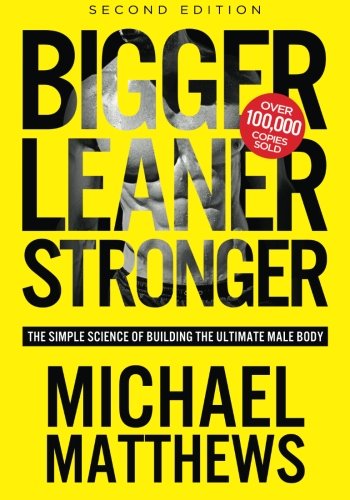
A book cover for Bigger Leaner Stronger: The Simple Science of Building the Ultimate Male Body; Michael Matthews; Health, Fitness & Dieting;